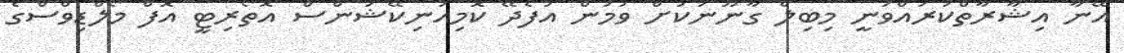
އޭނާ އިޝާރާތްކުރައްވަނީ މިބިލް ގާނޫނަކަށް ވުމުން އުފެދޭ ކޮމިއުނިކޭޝަންސް އޮތޯރިޓީ އޮފް މޯލްޑިވްސްގެ